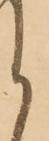
く